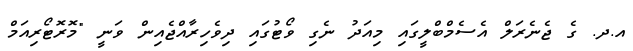
އ.ދ. ގެ ޖެނެރަލް އެސެމްބްލީގައި މިއަދު ނެގި ވޯޓުގައި ދިވެހިރާއްޖެއިން ވަނީ "މޮރޮޓޯރިއަމް